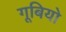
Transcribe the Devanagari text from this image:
गूबियो